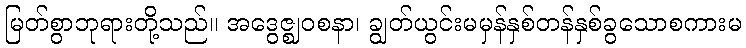
မြတ်စွာဘုရားတို့သည်။ အဒွေဇ္ဈဝစနာ၊ ချွတ်ယွင်းမမှန်နှစ်တန်နှစ်ခွသောစကားမ